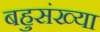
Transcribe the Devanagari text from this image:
बहुसंख्‍या